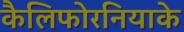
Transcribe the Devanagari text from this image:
कैलिफोरनियाके